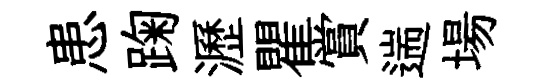
患踘瀝瞿賞遄場